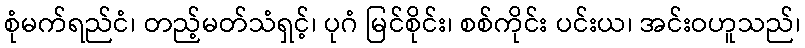
စုံမက်ရည်ငံ၊ တည့်မတ်သံရှင့်၊ ပုဂံ မြင်စိုင်း၊ စစ်ကိုင်း ပင်းယ၊ အင်းဝဟူသည်၊